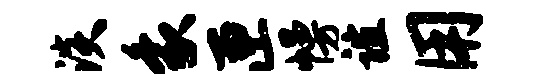
淡象匣幔谊用